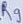
Text: R9